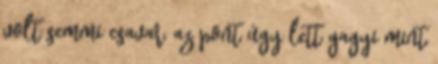
volt semmi csavar, az pont úgy lett gagyi mint